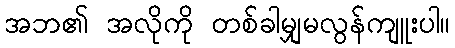
အဘ၏ အလိုကို တစ်ခါမျှမလွန်ကျူးပါ။